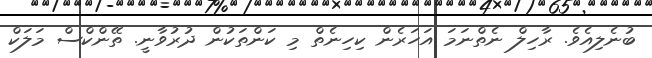
ބުނެލިއެވެ. ރާހިލް ނެތްނަމަ އަހަރެން ކިހިނެތް މި ކަންތަކުން ދުރުވާނީ. ތޭންކްސް މަލަކް